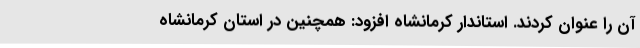
آن را عنوان کردند. استاندار کرمانشاه افزود: همچنین در استان کرمانشاه